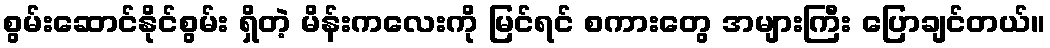
စွမ်းဆောင်နိုင်စွမ်း ရှိတဲ့ မိန်းကလေးကို မြင်ရင် စကားတွေ အများကြီး ပြောချင်တယ်။